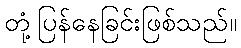
တုံ့ပြန်နေခြင်းဖြစ်သည်။